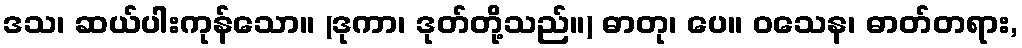
ဒသ၊ ဆယ်ပါးကုန်သော။ (ဒုကာ၊ ဒုတ်တို့သည်။) ဓာတု၊ ပေ။ ဝသေန၊ ဓာတ်တရား,